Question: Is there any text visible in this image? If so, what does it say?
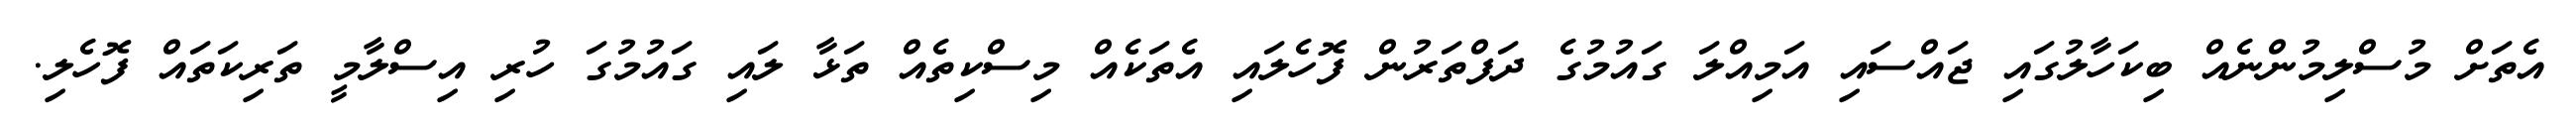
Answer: އެތަށް މުސްލިމުންނެއް ބިކަހާލުގައި ޖައްސައި އަމިއްލަ ގައުމުގެ ދަފްތަރުން ފޮހެލައި އެތަކެއް މިސްކިތެއް ތަޅާ ލައި ގައުމުގަ ހުރި އިސްލާމީ ތަރިކަތައް ފޮހެލި.